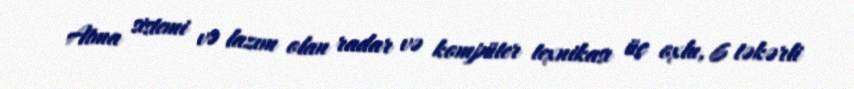
Atma sistemi və lazım olan radar və kompüter texnikası üç oxlu, 6 təkərli